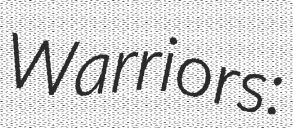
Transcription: Warriors: